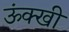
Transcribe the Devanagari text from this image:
ऊंक्खी